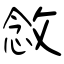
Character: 敜